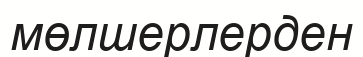
мөлшерлерден